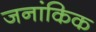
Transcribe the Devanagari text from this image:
जनांकिक